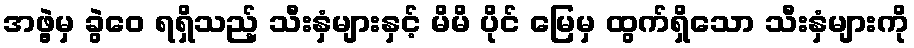
အဖွဲ့မှ ခွဲဝေ ရရှိသည့် သီးနှံများနှင့် မိမိ ပိုင် မြေမှ ထွက်ရှိသော သီးနှံများကို